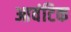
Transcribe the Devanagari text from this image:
आवंटिक